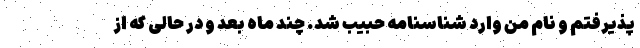
پذیرفتم و نام من وارد شناسنامه حبیب شد. چند ماه بعد و در حالی که از